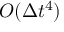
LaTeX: O ( \Delta t ^ { 4 } )